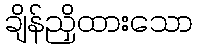
ချိန်ညှိထားသော